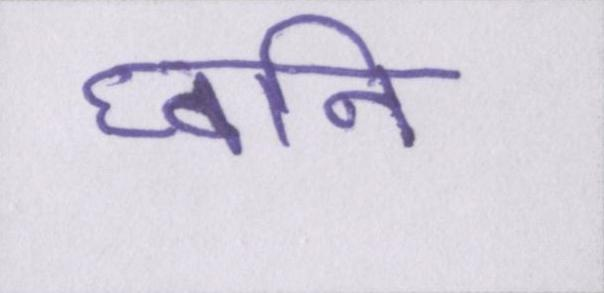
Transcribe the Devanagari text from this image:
घ्वनि